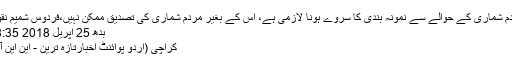
مردم شماری کے حوالے سے نمونہ بندی کا سروے ہونا لازمی ہے، اس کے بغیر مردم شماری کی تصدیق ممکن نہیں،فردوس شمیم نقوی
بدھ 25 اپریل 2018 18:35
کراچی (اُردو پوائنٹ اخبارتازہ ترین - این این آئی۔